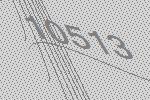
10513